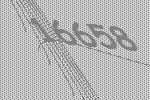
16658